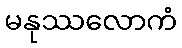
မနုဿလောကံ